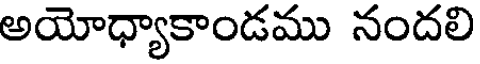
అయోధ్యాకాండము నందలి